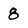
Character: 8